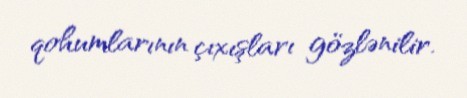
qohumlarının çıxışları gözlənilir.